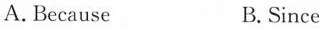
A.Because B.Since